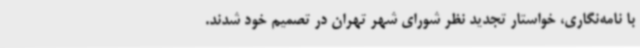
با نامه‌نگاری، خواستار تجدید نظر شورای شهر تهران در تصمیم خود شدند.